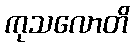
ကုသလောတိ